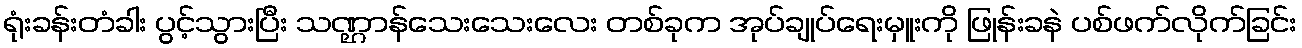
ရုံးခန်းတံခါး ပွင့်သွားပြီး သဏ္ဌာန်သေးသေးလေး တစ်ခုက အုပ်ချုပ်ရေးမှူးကို ဖြုန်းခနဲ ပစ်ဖက်လိုက်ခြင်း